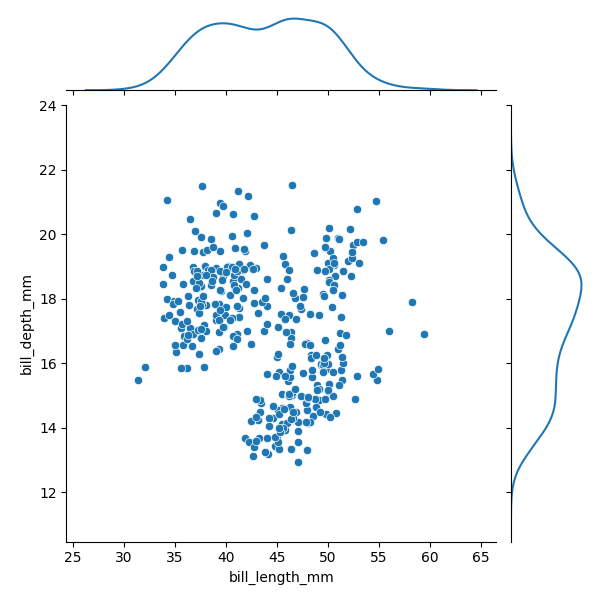
python, seaborn, JointGrid, scatterplot, kdeplot